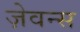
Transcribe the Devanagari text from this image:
ज़ेवन्स